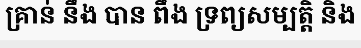
គ្រាន់ នឹង បាន ពឹង ទ្រព្យសម្បត្តិ និង